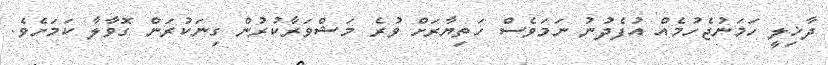
ދާޚިލީ ހަމަނުޖެހުމެއް އުފެދުނު ނަމަވެސް ހަތިޔާރަށް ވުރެ މަޝްވަރާކުރުން ގިނަކުރަން ގޮވާލާ ކަމަށެވެ.